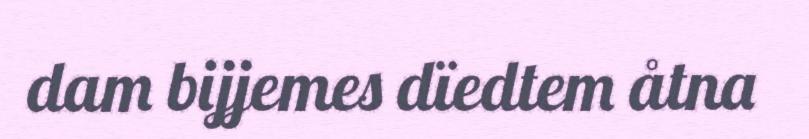
dam bijjemes dïedtem åtna